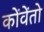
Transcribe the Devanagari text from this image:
कोंवेंतो